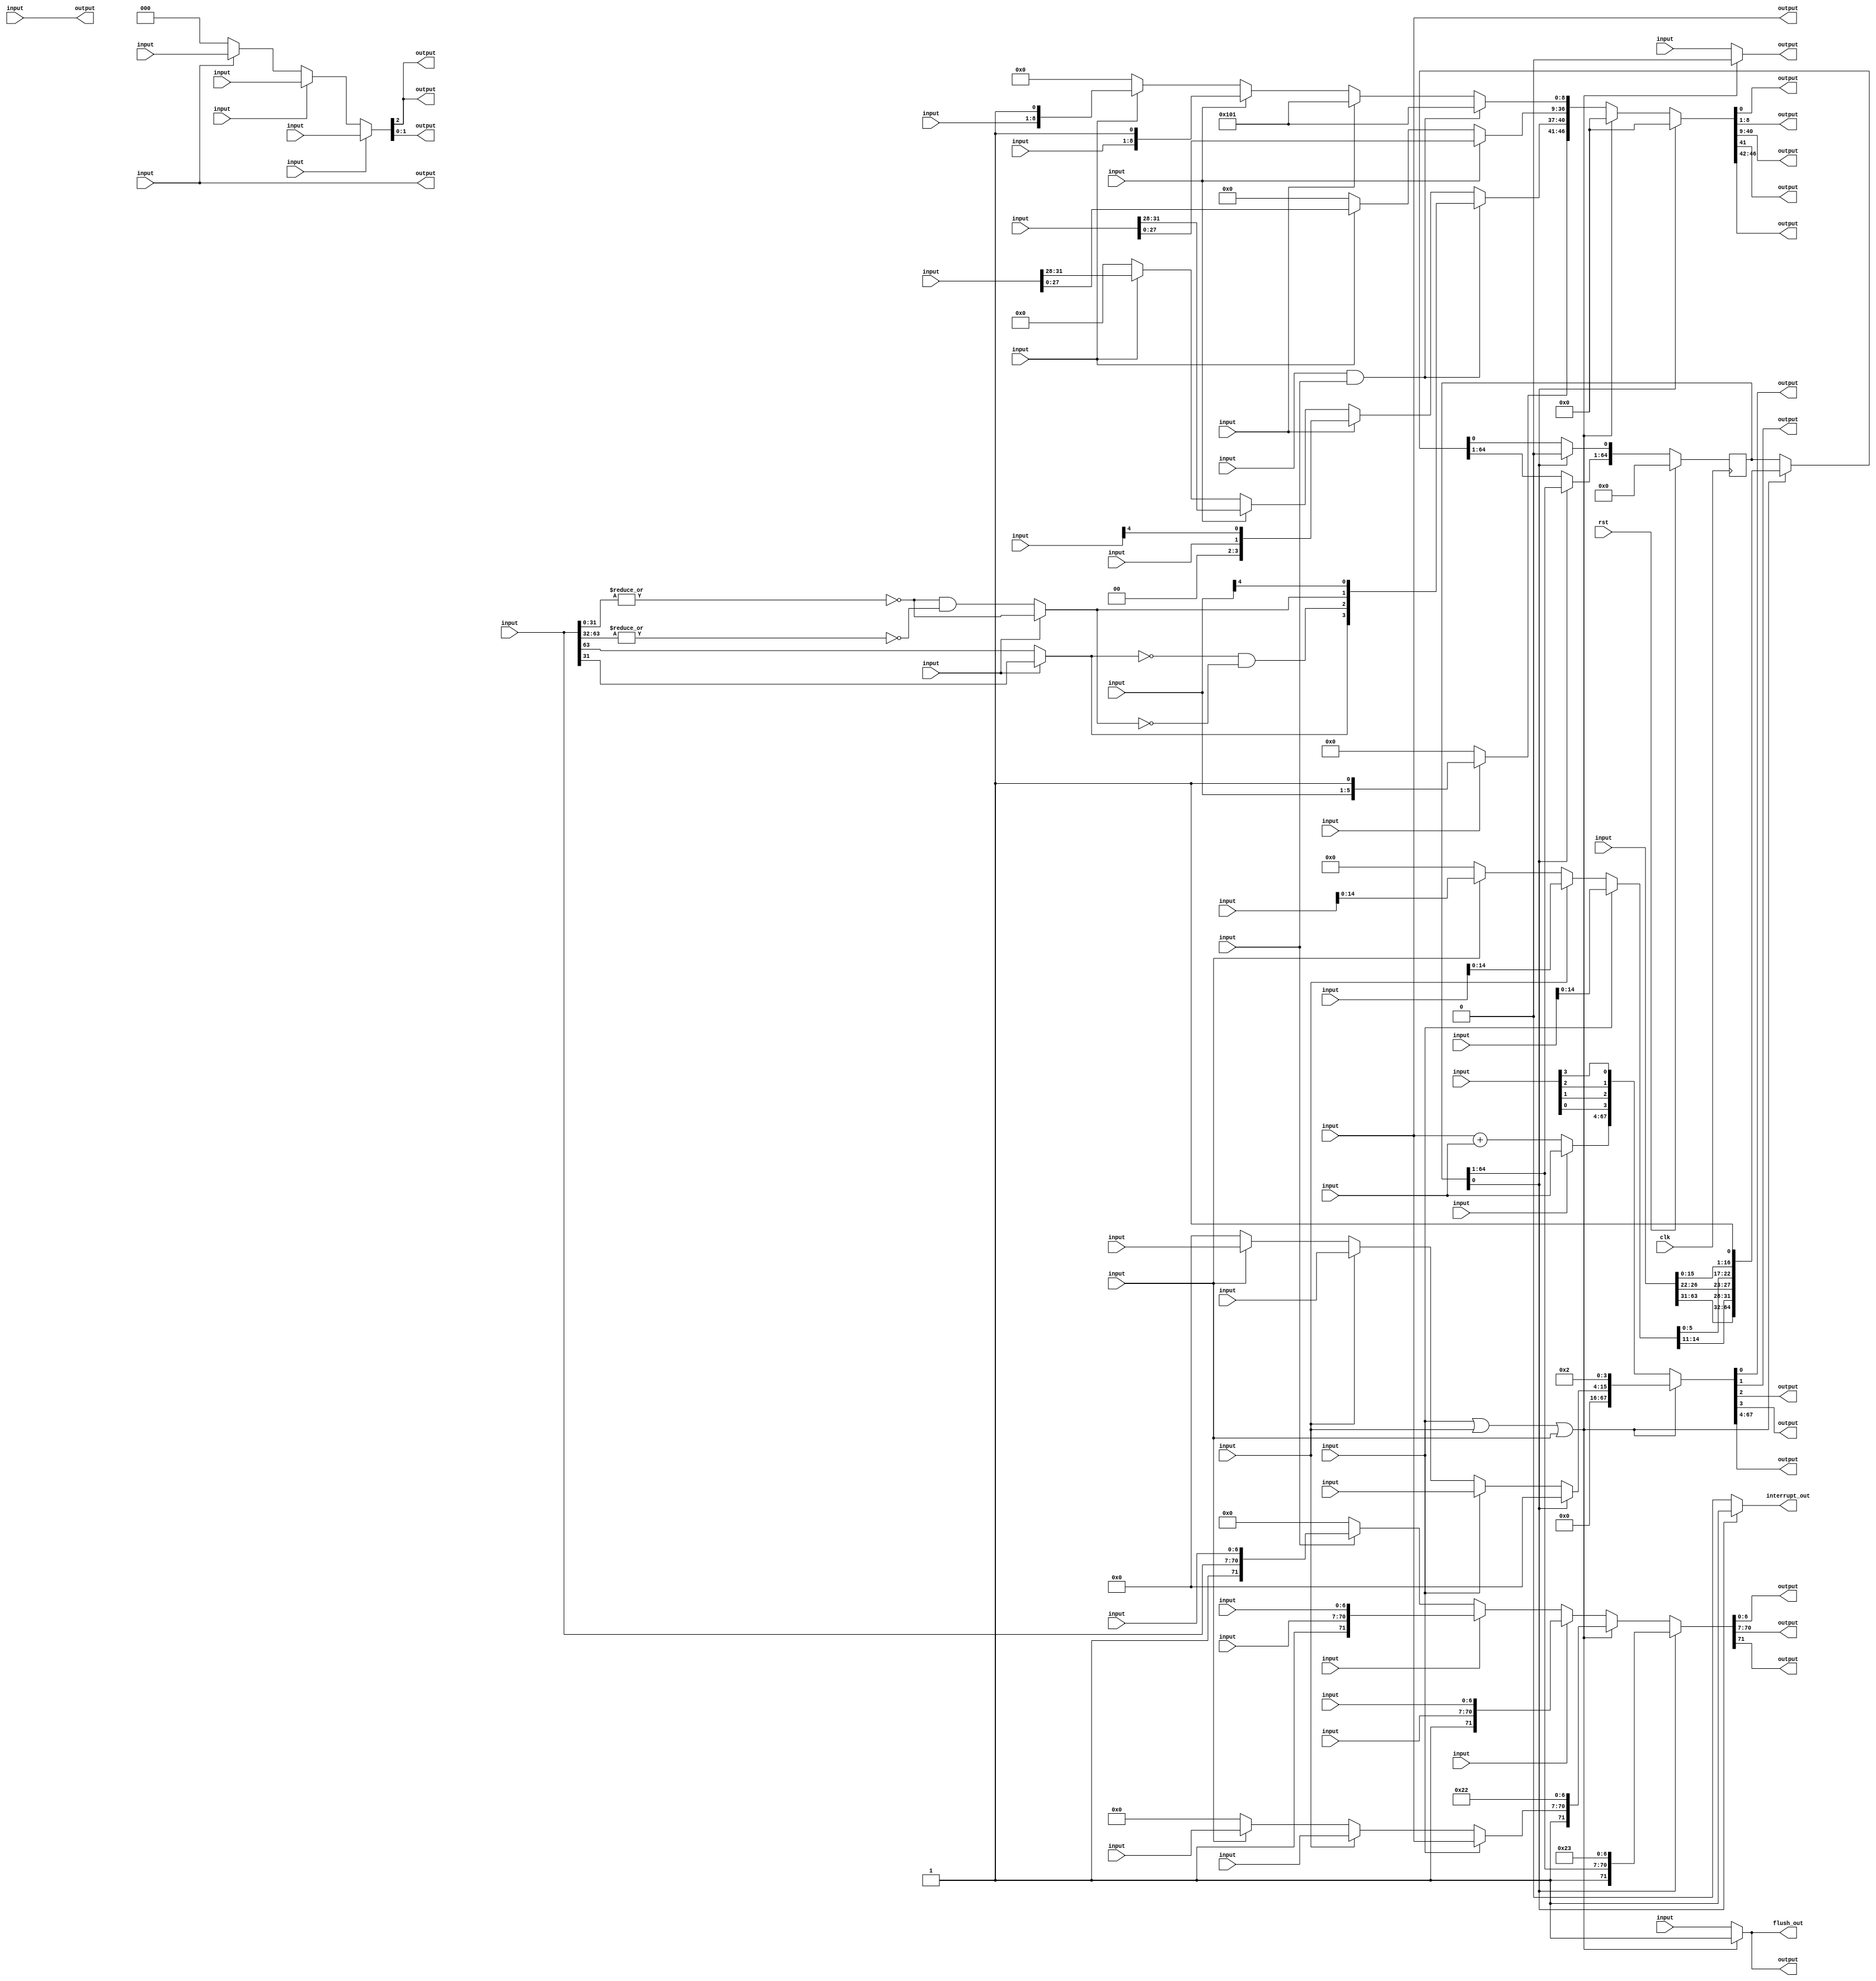
module writeback(clk, rst, \e_in.valid , \e_in.instr_tag , \e_in.rc , \e_in.mode_32bit , \e_in.write_enable , \e_in.write_reg , \e_in.write_data , \e_in.write_cr_enable , \e_in.write_cr_mask , \e_in.write_cr_data , \e_in.write_xerc_enable , \e_in.xerc , \e_in.interrupt , \e_in.intr_vec , \e_in.redirect , \e_in.redir_mode , \e_in.last_nia , \e_in.br_offset , \e_in.br_last , \e_in.br_taken , \e_in.abs_br , \e_in.srr1 , \e_in.msr , \l_in.valid , \l_in.instr_tag , \l_in.write_enable , \l_in.write_reg , \l_in.write_data , \l_in.xerc , \l_in.rc , \l_in.store_done , \l_in.interrupt , \l_in.intr_vec , \l_in.srr0 , \l_in.srr1 , \fp_in.valid , \fp_in.interrupt , \fp_in.instr_tag , \fp_in.write_enable , \fp_in.write_reg , \fp_in.write_data , \fp_in.write_cr_enable , \fp_in.write_cr_mask , \fp_in.write_cr_data , \fp_in.intr_vec , \fp_in.srr0 , \fp_in.srr1 , \w_out.write_reg , \w_out.write_data , \w_out.write_enable , \c_out.write_cr_enable , \c_out.write_cr_mask , \c_out.write_cr_data , \c_out.write_xerc_enable , \c_out.write_xerc_data , \f_out.redirect , \f_out.virt_mode , \f_out.priv_mode , \f_out.big_endian , \f_out.mode_32bit , \f_out.redirect_nia , \f_out.br_nia , \f_out.br_last , \f_out.br_taken , \events.instr_complete , \events.fp_complete , flush_out, interrupt_out, \complete_out.tag , \complete_out.valid );
  wire [64:0] _00_;
  reg [64:0] _01_;
  wire [2:0] _02_;
  wire [2:0] _03_;
  wire [2:0] _04_;
  wire _05_;
  wire _06_;
  wire _07_;
  wire [63:0] _08_;
  wire [11:0] _09_;
  wire [15:0] _10_;
  wire [63:0] _11_;
  wire [11:0] _12_;
  wire [15:0] _13_;
  wire [63:0] _14_;
  wire [11:0] _15_;
  wire [15:0] _16_;
  wire [71:0] _17_;
  wire [5:0] _18_;
  wire [71:0] _19_;
  wire [71:0] _20_;
  wire [8:0] _21_;
  wire [8:0] _22_;
  wire [8:0] _23_;
  wire [3:0] _24_;
  wire [3:0] _25_;
  wire [3:0] _26_;
  wire [27:0] _27_;
  wire [27:0] _28_;
  wire _29_;
  wire _30_;
  wire _31_;
  wire _32_;
  wire _33_;
  wire _34_;
  wire _35_;
  wire _36_;
  wire _37_;
  wire _38_;
  wire _39_;
  wire _40_;
  wire [8:0] _41_;
  wire [3:0] _42_;
  wire [71:0] _43_;
  wire [46:0] _44_;
  wire [64:0] _45_;
  wire [11:0] _46_;
  wire [71:0] _47_;
  wire [46:0] _48_;
  wire _49_;
  wire _50_;
  wire [63:0] _51_;
  wire [11:0] _52_;
  wire [63:0] _53_;
  wire [63:0] _54_;
  wire _55_;
  wire [67:0] _56_;
  wire _57_;
  output [31:0] \c_out.write_cr_data ;
  wire [31:0] \c_out.write_cr_data ;
  output \c_out.write_cr_enable ;
  wire \c_out.write_cr_enable ;
  output [7:0] \c_out.write_cr_mask ;
  wire [7:0] \c_out.write_cr_mask ;
  output [4:0] \c_out.write_xerc_data ;
  wire [4:0] \c_out.write_xerc_data ;
  output \c_out.write_xerc_enable ;
  wire \c_out.write_xerc_enable ;
  input clk;
  wire clk;
  output [1:0] \complete_out.tag ;
  wire [1:0] \complete_out.tag ;
  output \complete_out.valid ;
  wire \complete_out.valid ;
  input \e_in.abs_br ;
  wire \e_in.abs_br ;
  input \e_in.br_last ;
  wire \e_in.br_last ;
  input [63:0] \e_in.br_offset ;
  wire [63:0] \e_in.br_offset ;
  input \e_in.br_taken ;
  wire \e_in.br_taken ;
  input [2:0] \e_in.instr_tag ;
  wire [2:0] \e_in.instr_tag ;
  input \e_in.interrupt ;
  wire \e_in.interrupt ;
  input [11:0] \e_in.intr_vec ;
  wire [11:0] \e_in.intr_vec ;
  input [63:0] \e_in.last_nia ;
  wire [63:0] \e_in.last_nia ;
  input \e_in.mode_32bit ;
  wire \e_in.mode_32bit ;
  input [63:0] \e_in.msr ;
  wire [63:0] \e_in.msr ;
  input \e_in.rc ;
  wire \e_in.rc ;
  input [3:0] \e_in.redir_mode ;
  wire [3:0] \e_in.redir_mode ;
  input \e_in.redirect ;
  wire \e_in.redirect ;
  input [15:0] \e_in.srr1 ;
  wire [15:0] \e_in.srr1 ;
  input \e_in.valid ;
  wire \e_in.valid ;
  input [31:0] \e_in.write_cr_data ;
  wire [31:0] \e_in.write_cr_data ;
  input \e_in.write_cr_enable ;
  wire \e_in.write_cr_enable ;
  input [7:0] \e_in.write_cr_mask ;
  wire [7:0] \e_in.write_cr_mask ;
  input [63:0] \e_in.write_data ;
  wire [63:0] \e_in.write_data ;
  input \e_in.write_enable ;
  wire \e_in.write_enable ;
  input [6:0] \e_in.write_reg ;
  wire [6:0] \e_in.write_reg ;
  input \e_in.write_xerc_enable ;
  wire \e_in.write_xerc_enable ;
  input [4:0] \e_in.xerc ;
  wire [4:0] \e_in.xerc ;
  output \events.fp_complete ;
  wire \events.fp_complete ;
  output \events.instr_complete ;
  wire \events.instr_complete ;
  output \f_out.big_endian ;
  wire \f_out.big_endian ;
  output \f_out.br_last ;
  wire \f_out.br_last ;
  output [63:0] \f_out.br_nia ;
  wire [63:0] \f_out.br_nia ;
  output \f_out.br_taken ;
  wire \f_out.br_taken ;
  output \f_out.mode_32bit ;
  wire \f_out.mode_32bit ;
  output \f_out.priv_mode ;
  wire \f_out.priv_mode ;
  output \f_out.redirect ;
  wire \f_out.redirect ;
  output [63:0] \f_out.redirect_nia ;
  wire [63:0] \f_out.redirect_nia ;
  output \f_out.virt_mode ;
  wire \f_out.virt_mode ;
  output flush_out;
  wire flush_out;
  input [2:0] \fp_in.instr_tag ;
  wire [2:0] \fp_in.instr_tag ;
  input \fp_in.interrupt ;
  wire \fp_in.interrupt ;
  input [11:0] \fp_in.intr_vec ;
  wire [11:0] \fp_in.intr_vec ;
  input [63:0] \fp_in.srr0 ;
  wire [63:0] \fp_in.srr0 ;
  input [15:0] \fp_in.srr1 ;
  wire [15:0] \fp_in.srr1 ;
  input \fp_in.valid ;
  wire \fp_in.valid ;
  input [31:0] \fp_in.write_cr_data ;
  wire [31:0] \fp_in.write_cr_data ;
  input \fp_in.write_cr_enable ;
  wire \fp_in.write_cr_enable ;
  input [7:0] \fp_in.write_cr_mask ;
  wire [7:0] \fp_in.write_cr_mask ;
  input [63:0] \fp_in.write_data ;
  wire [63:0] \fp_in.write_data ;
  input \fp_in.write_enable ;
  wire \fp_in.write_enable ;
  input [6:0] \fp_in.write_reg ;
  wire [6:0] \fp_in.write_reg ;
  output interrupt_out;
  wire interrupt_out;
  input [2:0] \l_in.instr_tag ;
  wire [2:0] \l_in.instr_tag ;
  input \l_in.interrupt ;
  wire \l_in.interrupt ;
  input [11:0] \l_in.intr_vec ;
  wire [11:0] \l_in.intr_vec ;
  input \l_in.rc ;
  wire \l_in.rc ;
  input [63:0] \l_in.srr0 ;
  wire [63:0] \l_in.srr0 ;
  input [15:0] \l_in.srr1 ;
  wire [15:0] \l_in.srr1 ;
  input \l_in.store_done ;
  wire \l_in.store_done ;
  input \l_in.valid ;
  wire \l_in.valid ;
  input [63:0] \l_in.write_data ;
  wire [63:0] \l_in.write_data ;
  input \l_in.write_enable ;
  wire \l_in.write_enable ;
  input [6:0] \l_in.write_reg ;
  wire [6:0] \l_in.write_reg ;
  input [4:0] \l_in.xerc ;
  wire [4:0] \l_in.xerc ;
  wire [64:0] r;
  wire [64:0] rin;
  input rst;
  wire rst;
  output [63:0] \w_out.write_data ;
  wire [63:0] \w_out.write_data ;
  output \w_out.write_enable ;
  wire \w_out.write_enable ;
  output [6:0] \w_out.write_reg ;
  wire [6:0] \w_out.write_reg ;
  assign _00_ = rst ? 65'h00000000000000000 : rin;
  always @(posedge clk)
    _01_ <= _00_;
  assign _02_ = \fp_in.valid  ? \fp_in.instr_tag  : 3'h0;
  assign _03_ = \l_in.valid  ? \l_in.instr_tag  : _02_;
  assign _04_ = \e_in.valid  ? \e_in.instr_tag  : _03_;
  assign _05_ = \e_in.interrupt  | \l_in.interrupt ;
  assign _06_ = _05_ | \fp_in.interrupt ;
  assign _07_ = r[0] == 1'h1;
  assign _08_ = \fp_in.interrupt  ? \fp_in.srr0  : 64'h0000000000000000;
  assign _09_ = \fp_in.interrupt  ? \fp_in.intr_vec  : 12'h000;
  assign _10_ = \fp_in.interrupt  ? \fp_in.srr1  : 16'h0000;
  assign _11_ = \l_in.interrupt  ? \l_in.srr0  : _08_;
  assign _12_ = \l_in.interrupt  ? \l_in.intr_vec  : _09_;
  assign _13_ = \l_in.interrupt  ? \l_in.srr1  : _10_;
  assign _14_ = \e_in.interrupt  ? \e_in.last_nia  : _11_;
  assign _15_ = \e_in.interrupt  ? \e_in.intr_vec  : _12_;
  assign _16_ = \e_in.interrupt  ? \e_in.srr1  : _13_;
  assign _17_ = \e_in.write_enable  ? { 1'h1, \e_in.write_data , \e_in.write_reg  } : 72'h000000000000000000;
  assign _18_ = \e_in.write_xerc_enable  ? { \e_in.xerc , 1'h1 } : 6'h00;
  assign _19_ = \fp_in.write_enable  ? { 1'h1, \fp_in.write_data , \fp_in.write_reg  } : _17_;
  assign _20_ = \l_in.write_enable  ? { 1'h1, \l_in.write_data , \l_in.write_reg  } : _19_;
  assign _21_ = \e_in.write_cr_enable  ? { \e_in.write_cr_mask , 1'h1 } : 9'h000;
  assign _22_ = \fp_in.write_cr_enable  ? { \fp_in.write_cr_mask , 1'h1 } : _21_;
  assign _23_ = \l_in.rc  ? 9'h101 : _22_;
  assign _24_ = \e_in.write_cr_enable  ? \e_in.write_cr_data [31:28] : 4'h0;
  assign _25_ = \fp_in.write_cr_enable  ? \fp_in.write_cr_data [31:28] : _24_;
  assign _26_ = \l_in.rc  ? { 2'h0, \l_in.store_done , \l_in.xerc [4] } : _25_;
  assign _27_ = \e_in.write_cr_enable  ? \e_in.write_cr_data [27:0] : 28'h0000000;
  assign _28_ = \fp_in.write_cr_enable  ? \fp_in.write_cr_data [27:0] : _27_;
  assign _29_ = \e_in.rc  & \e_in.write_enable ;
  assign _30_ = | \e_in.write_data [31:0];
  assign _31_ = ~ _30_;
  assign _32_ = ~ \e_in.mode_32bit ;
  assign _33_ = | \e_in.write_data [63:32];
  assign _34_ = ~ _33_;
  assign _35_ = _31_ & _34_;
  assign _36_ = _32_ ? _35_ : _31_;
  assign _37_ = _32_ ? \e_in.write_data [63] : \e_in.write_data [31];
  assign _38_ = ~ _37_;
  assign _39_ = ~ _36_;
  assign _40_ = _38_ & _39_;
  assign _41_ = _29_ ? 9'h101 : _23_;
  assign _42_ = _29_ ? { _37_, _40_, _36_, \e_in.xerc [4] } : _26_;
  assign _43_ = _06_ ? { 1'h1, _14_, 7'h22 } : _20_;
  assign _44_ = _06_ ? 47'h000000000000 : { _18_, _42_, _28_, _41_ };
  assign _45_ = _06_ ? { \e_in.msr [63:31], _16_[14:11], \e_in.msr [26:22], _16_[5:0], \e_in.msr [15:0], 1'h1 } : r;
  assign _46_ = _06_ ? _15_ : 12'h000;
  assign _47_ = _07_ ? { 1'h1, r[64:1], 7'h23 } : _43_;
  assign _48_ = _07_ ? 47'h000000000000 : _44_;
  assign _49_ = _07_ ? 1'h1 : 1'h0;
  assign _50_ = _07_ ? 1'h0 : _45_[0];
  assign _51_ = _07_ ? r[64:1] : _45_[64:1];
  assign _52_ = _07_ ? 12'h000 : _46_;
  assign _53_ = \e_in.last_nia  + \e_in.br_offset ;
  assign _54_ = \e_in.abs_br  ? \e_in.br_offset  : _53_;
  assign _55_ = _06_ ? 1'h1 : \e_in.redirect ;
  assign _56_ = _06_ ? { 52'h0000000000000, _52_, 4'h2 } : { _54_, \e_in.redir_mode [0], \e_in.redir_mode [1], \e_in.redir_mode [2], \e_in.redir_mode [3] };
  assign _57_ = _06_ ? 1'h0 : \e_in.br_last ;
  assign r = _01_;
  assign rin = { _51_, _50_ };
  assign \w_out.write_reg  = _47_[6:0];
  assign \w_out.write_data  = _47_[70:7];
  assign \w_out.write_enable  = _47_[71];
  assign \c_out.write_cr_enable  = _48_[0];
  assign \c_out.write_cr_mask  = _48_[8:1];
  assign \c_out.write_cr_data  = _48_[40:9];
  assign \c_out.write_xerc_enable  = _48_[41];
  assign \c_out.write_xerc_data  = _48_[46:42];
  assign \f_out.redirect  = _55_;
  assign \f_out.virt_mode  = _56_[0];
  assign \f_out.priv_mode  = _56_[1];
  assign \f_out.big_endian  = _56_[2];
  assign \f_out.mode_32bit  = _56_[3];
  assign \f_out.redirect_nia  = _56_[67:4];
  assign \f_out.br_nia  = \e_in.last_nia ;
  assign \f_out.br_last  = _57_;
  assign \f_out.br_taken  = \e_in.br_taken ;
  assign \events.instr_complete  = _04_[2];
  assign \events.fp_complete  = \fp_in.valid ;
  assign flush_out = _55_;
  assign interrupt_out = _49_;
  assign \complete_out.tag  = _04_[1:0];
  assign \complete_out.valid  = _04_[2];
endmodule